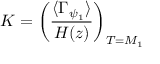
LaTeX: K = \left( \frac { \langle \Gamma _ { \psi _ { 1 } } \rangle } { H ( z ) } \right) _ { T = M _ { 1 } }